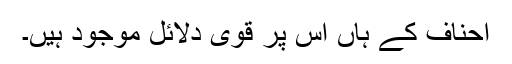
احناف کے ہاں اس پر قوی دلائل موجود ہیں۔